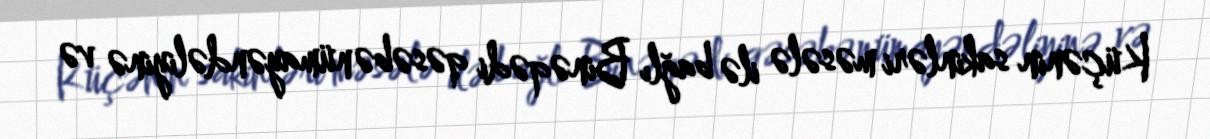
Küçənin sakinləri məsələ ilə bağlı Binəqədi qəsəbə nümayəndəliyinə və